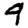
Digit: 9